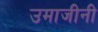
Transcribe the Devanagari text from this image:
उमाजीनी